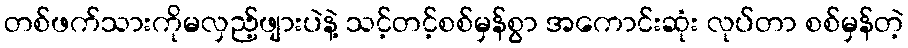
တစ်ဖက်သားကိုမလှည့်ဖျားပဲနဲ့ သင့်တင့်စစ်မှန်စွာ အကောင်းဆုံး လုပ်တာ စစ်မှန်တဲ့